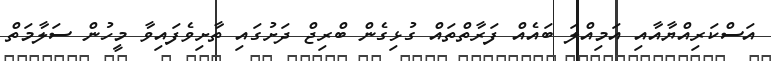
އަސްކަރިއްޔާއާއި އަމިއްލަ ބައެއް ފަރާތްތައް ގުޅިގެން ބްރިޖް ދަށުގައި ތާށިވެފައިވާ މީހުން ސަލާމަތް